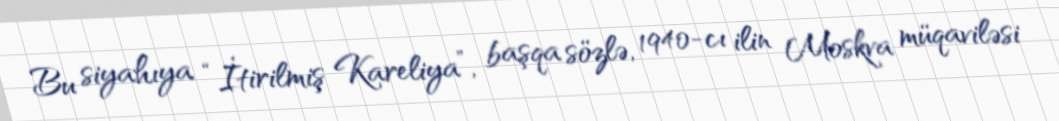
Bu siyahıya “İtirilmiş Kareliya”, başqa sözlə, 1940-cı ilin Moskva müqaviləsi